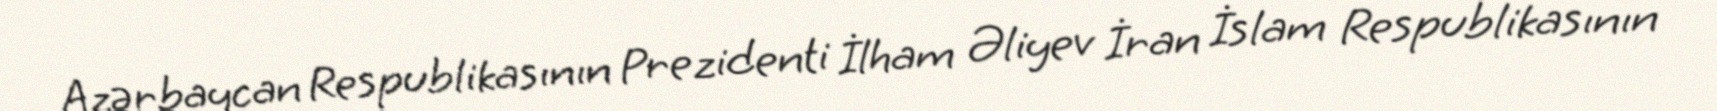
Azərbaycan Respublikasının Prezidenti İlham Əliyev İran İslam Respublikasının